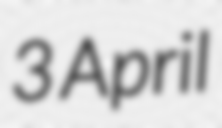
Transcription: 3 April